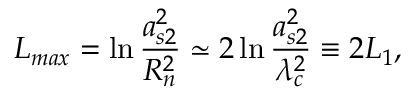
L _ { m a x } = \ln \frac { a _ { s 2 } ^ { 2 } } { R _ { n } ^ { 2 } } \simeq 2 \ln \frac { a _ { s 2 } ^ { 2 } } { \lambda _ { c } ^ { 2 } } \equiv 2 L _ { 1 } ,